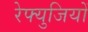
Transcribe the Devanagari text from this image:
रेफ्युजियों